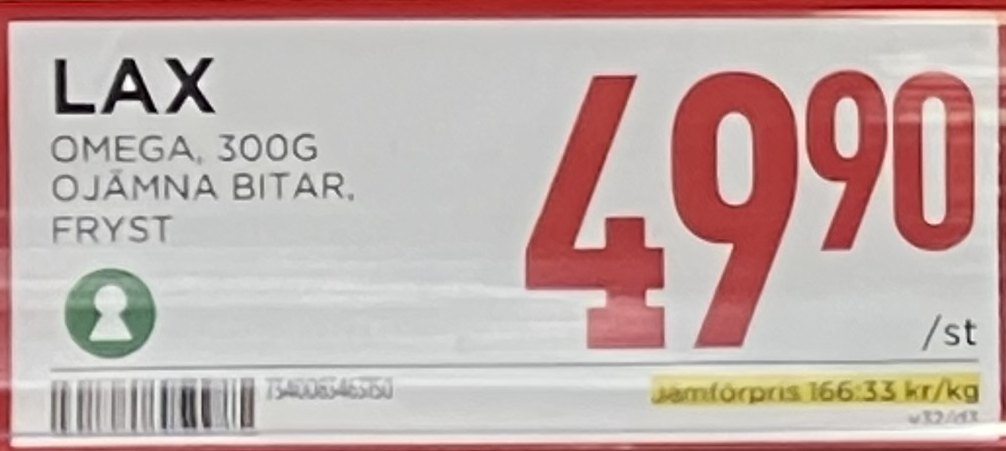
Vara: Lax
Genomsnittspris: 166.33 per kg